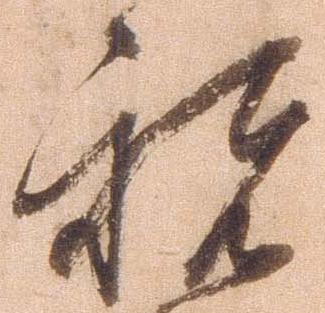
祝